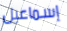
إسماعيل